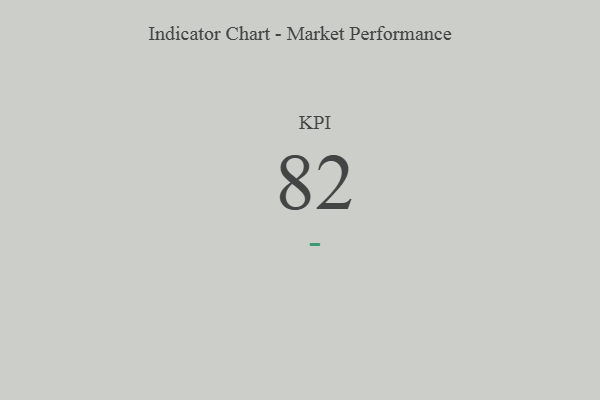
{"axis": {"x": "KPI", "y": "Value"}, "legend": [""], "data": [{"x": "KPI", "y": 82, "type": ""}]}